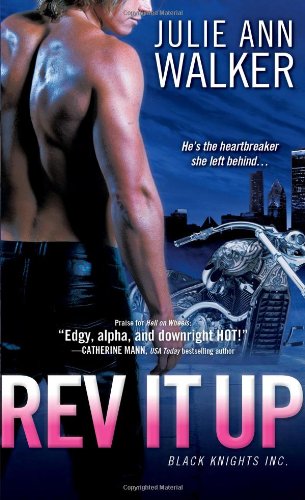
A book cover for Rev It Up: Black Knights Inc.; Julie Ann Walker; Romance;